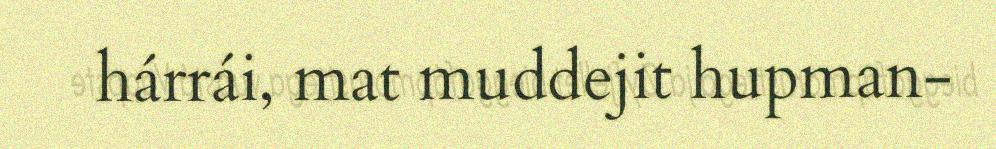
hárrái, mat muddejit hupman-